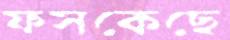
ফসকেছে